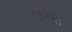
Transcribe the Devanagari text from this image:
रोरैमा